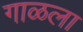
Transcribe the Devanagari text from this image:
गाळला